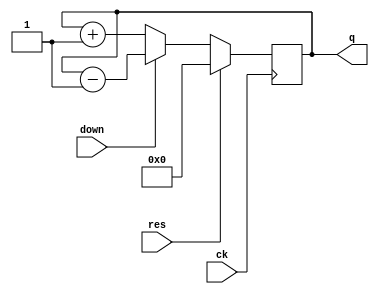
// 4 bit up/down counter
module updown_cnt( ck, res, down, q );
input	ck, res, down;
output   [3:0]  q; 
reg        [3:0] q;
always @( posedge ck ) begin
    if ( res )
        q <= 4'h0;
    else if ( down )
        q <= q - 4'h1;
    else 
        q <= q + 4'h1;
end
endmodule